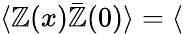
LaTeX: \langle\mathbb{Z}(x)\bar{{\mathbb{Z}}}(0)\rangle=\langle